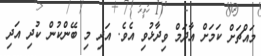
މައްޗަށް ކަމަށް އާދަމް ވިދާޅުވި އެވެ. އަދި މި ބޭންކުން ކުދި އަދި